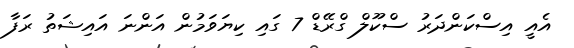
އެއީ އިސްކަންދަރު ސްކޫލް ގްރޭޑް 7 ގައި ކިޔަވަމުން އަންނަ އައިޝަތު ރަފާ